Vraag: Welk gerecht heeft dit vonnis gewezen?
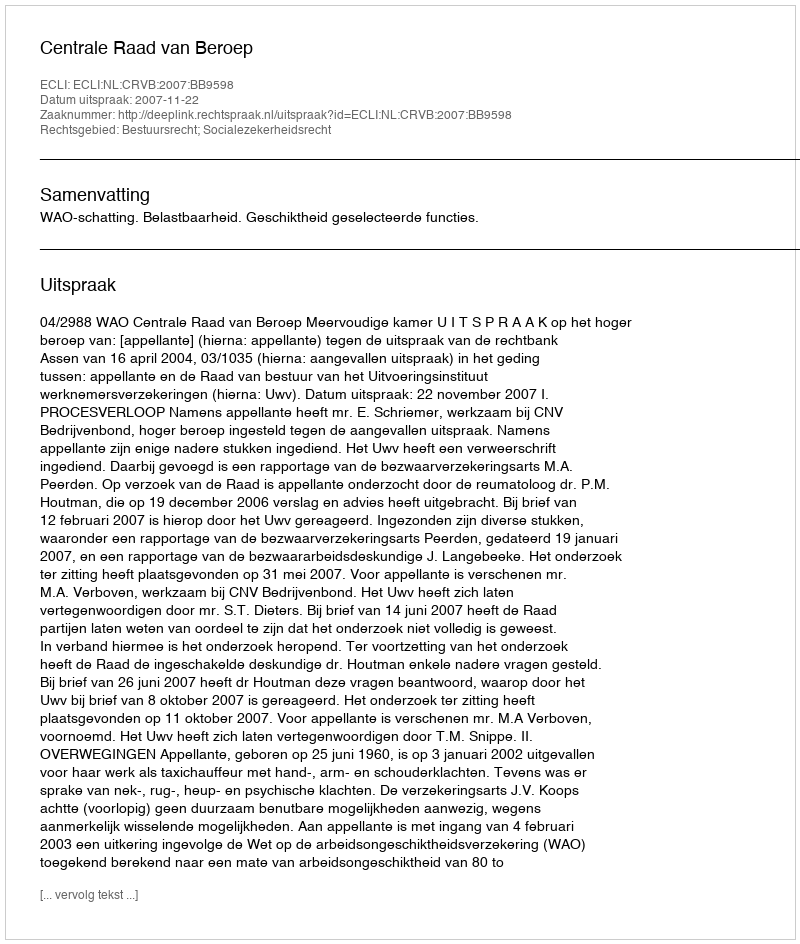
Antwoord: Centrale Raad van Beroep